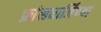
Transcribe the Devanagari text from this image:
फ्रांसधार्जिण्या